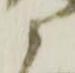
衛